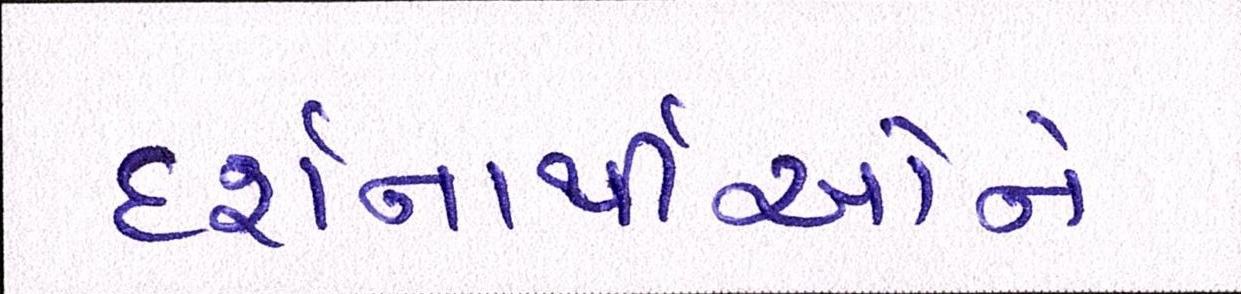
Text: દર્શનાર્થીઓને